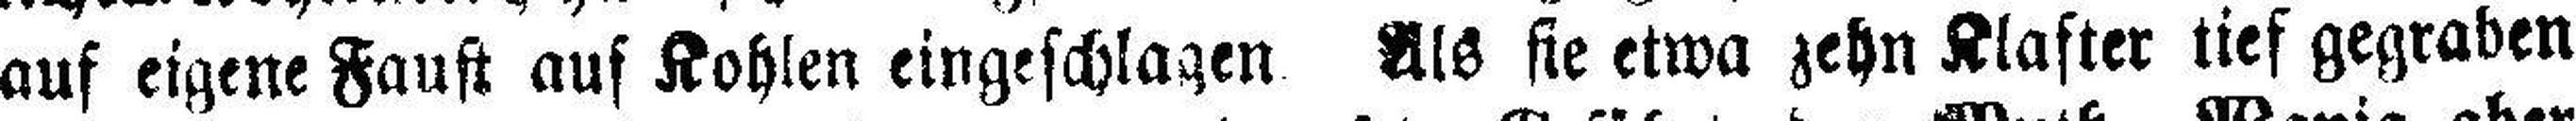
auf eigene Faust auf Kohlen eingeschlagen. Als sie etwa zehn Klafter tief gegraben